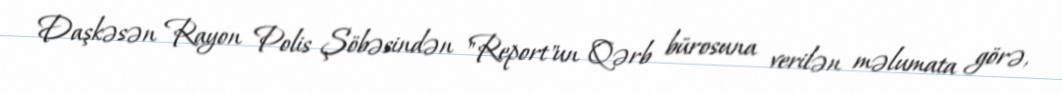
Daşkəsən Rayon Polis Şöbəsindən "Report"un Qərb bürosuna verilən məlumata görə,